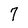
Character: 7